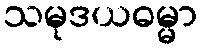
သမုဒယဓမ္မာ